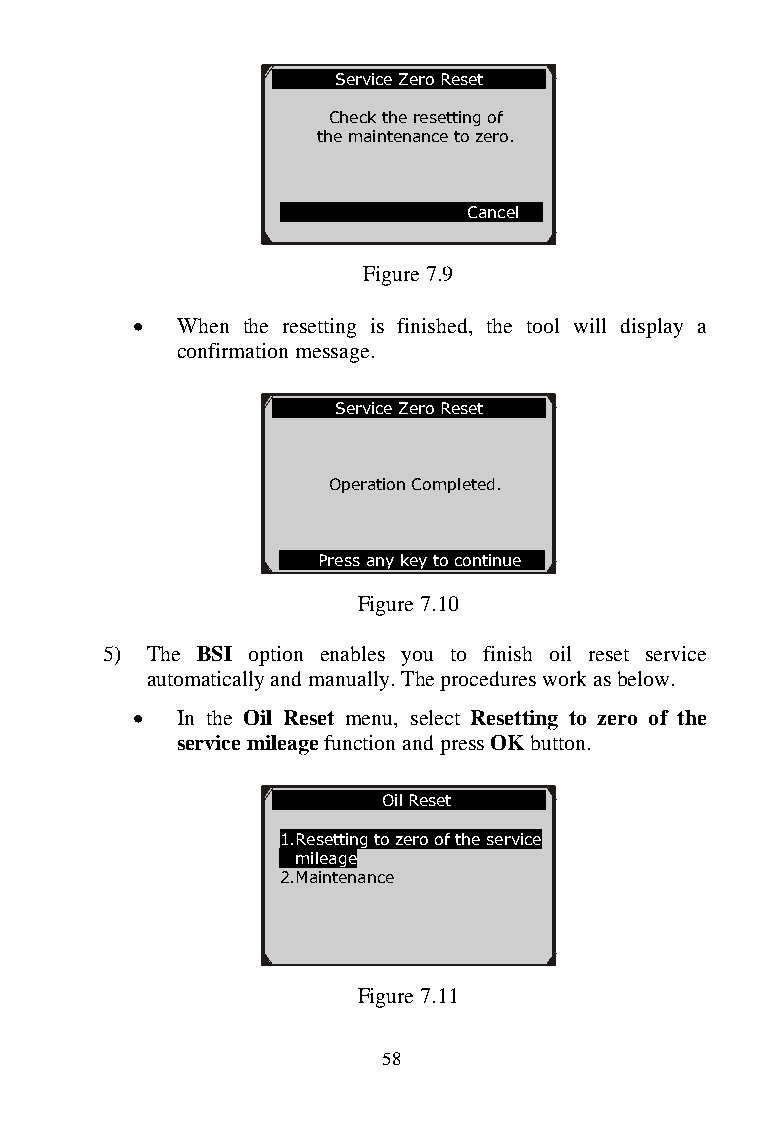
Service Zero Reset
 Check the resetting of
 the maintenance to zero.
 Cancel
 Figure 7.9
   When the resett ing is finished, the tool will display a
 confirmation mes sage.
 Service Zero Reset
 Operation Completed.
 P ress any key to continue
 Figure 7.10
 5) The BSI option e nables you to finish oil reset service
 automatically and ma nually. The procedures work as below.
   In the Oil Reset menu, select Resetting to zero of the
 service mileage function and press OK button.
 Oil Reset
 1.Resetting to zero of the service
 mileage
 2.Maintenance
 Figure 7.11
 58